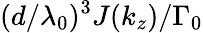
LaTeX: (d/\lambda_{0})^{3}J(k_{z})/\Gamma_{0}